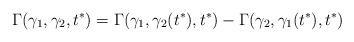
LaTeX: \begin{align*}\Gamma(\gamma_1,\gamma_2,t^*)=\Gamma(\gamma_1,\gamma_2(t^*),t^*)-\Gamma(\gamma_2,\gamma_1(t^*),t^*)\end{align*}